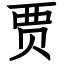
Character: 贾